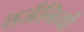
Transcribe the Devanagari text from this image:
तर्जनियों